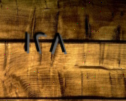
١٢٨